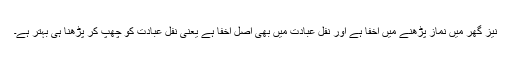
نیز گھر میں نماز پڑھنے میں اخفا ہے اور نفل عبادت میں بھی اصل اخفا ہے یعنی نفل عبادت کو چھپ کر پڑھنا ہی بہتر ہے۔